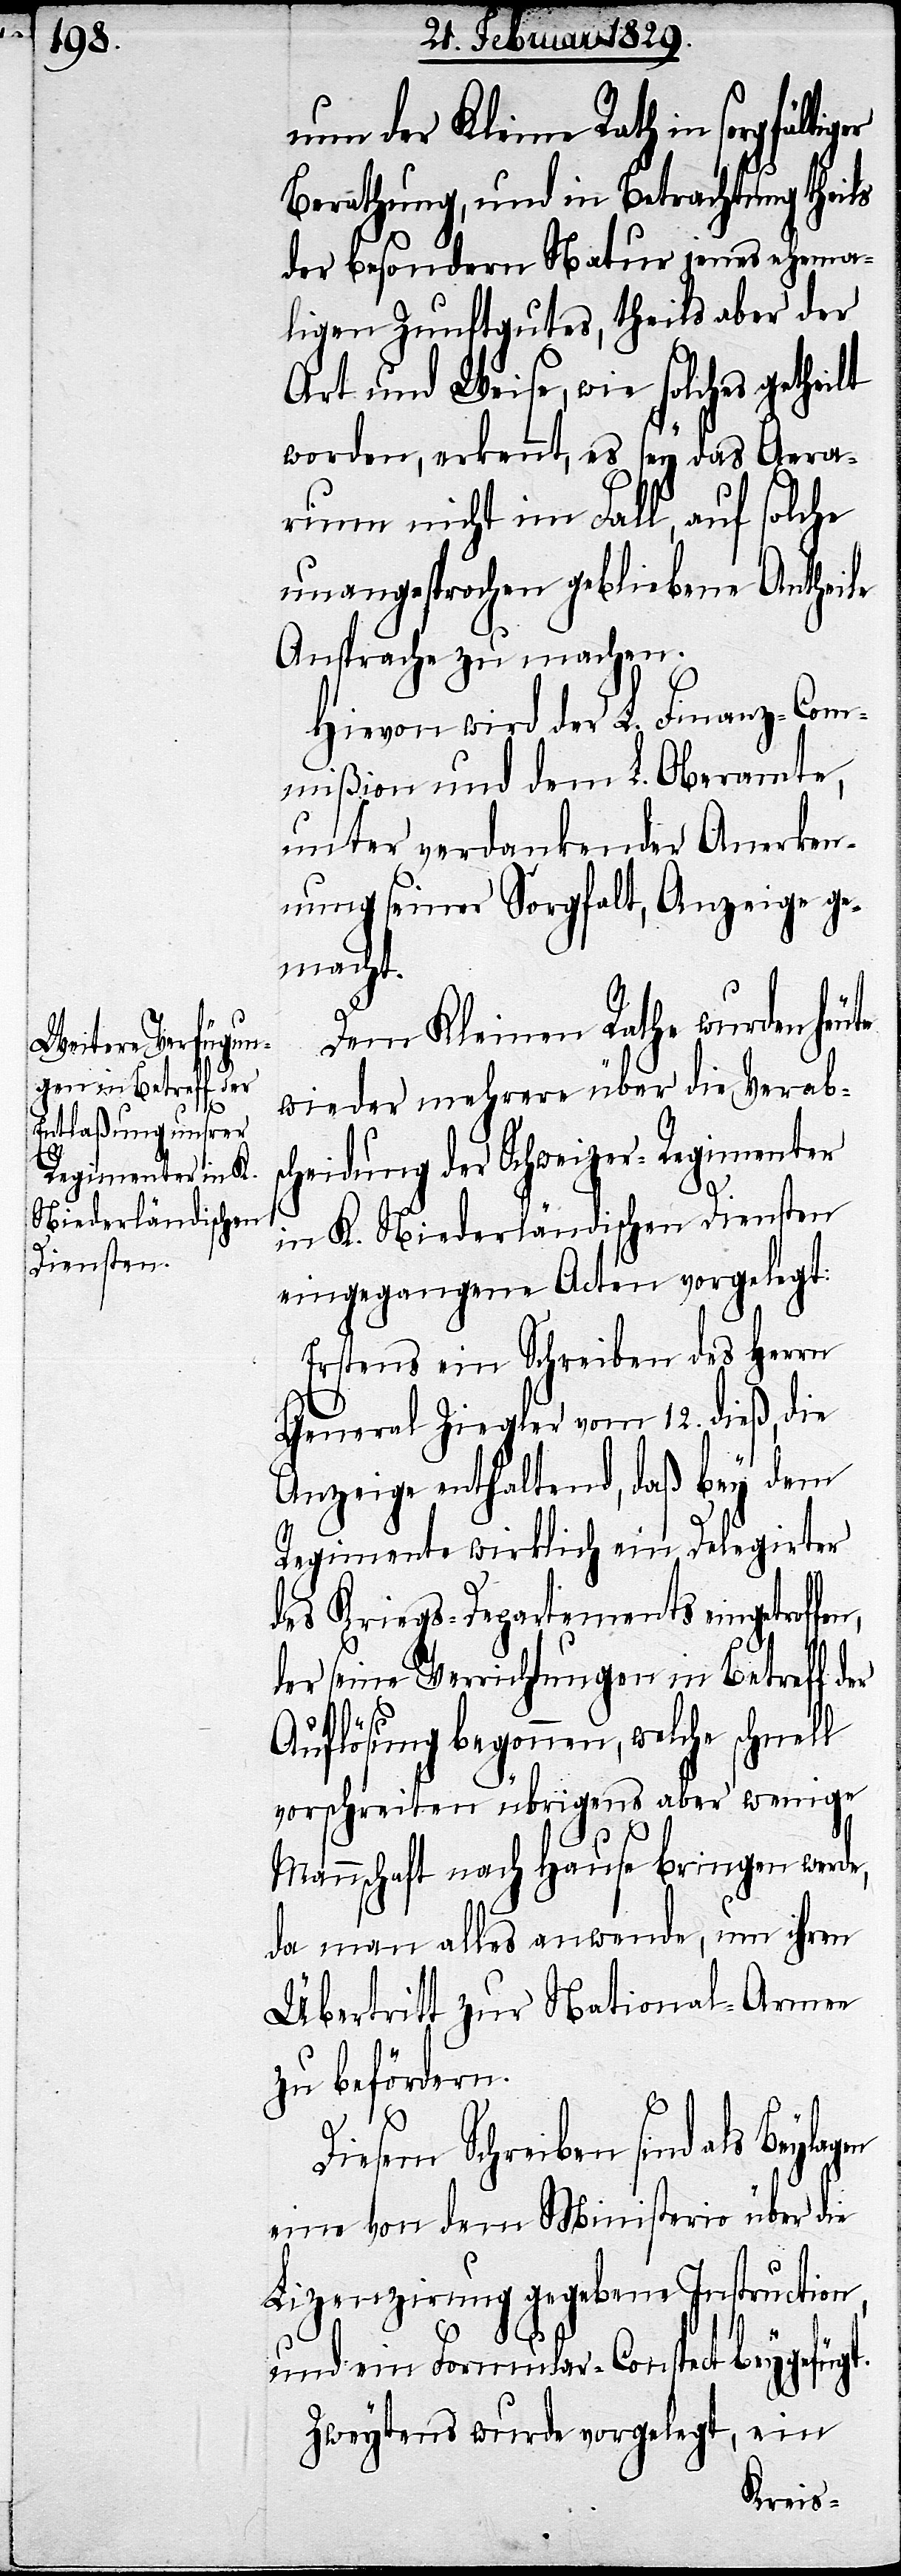
er

nun der Kleine Rath in sorgfält¬
Berathung, und in Betrachtung theils
der besondern Natur jenes ehema¬
ligen Zunftgutes, theils aber der
Art und Weise, wie solches getheilt
worden, erkennt, es sey das Aera¬
rium nicht im Fall, auf solche
unangesprochen gebliebenen Antheile
Ansprache zu machen.
Hievon wird der L. Finanz-Com¬
mißion und dem L. Oberamte,
unter verdankender Anerken¬
nung seiner Sorgfalt, Anzeige ge¬
macht.
Dem Kleinen Rathe wurden heu¬
wieder mehrere über die Verab¬
scheidung der Schweizer-Regimenter
en,
in K. Niederländischen Diensten
eingegangenen Acten vorgelegt.
Erstens ein Schreiben des Herrn
General Ziegler vom 12. dieß, die
Anzeige enthaltend, daß bey dem
Regimente wirklich ein Delegirter
des Kriegs-Departements eingetroff¬
der seine Verrichtungen in Betreff d¬
Auflösung begonnen, welche schnell
vorschreiten übrigens aber wenige
t.
Mannschaft nach Hause bringen werde,
da man alles anwende, um ihren
Übertritt zur National-Armee
zu befördern.
Diesem Schreiben sind als
eine von dem Ministerio über die
Lizenzirung gegebene Instruction,
und ein Formular-Conspect beygefüg¬
Zweytens wurde vorgelegt, ein